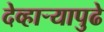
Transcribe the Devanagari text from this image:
देव्हार्‍यापुढे